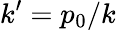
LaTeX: k^{\prime}=p_{0}/k